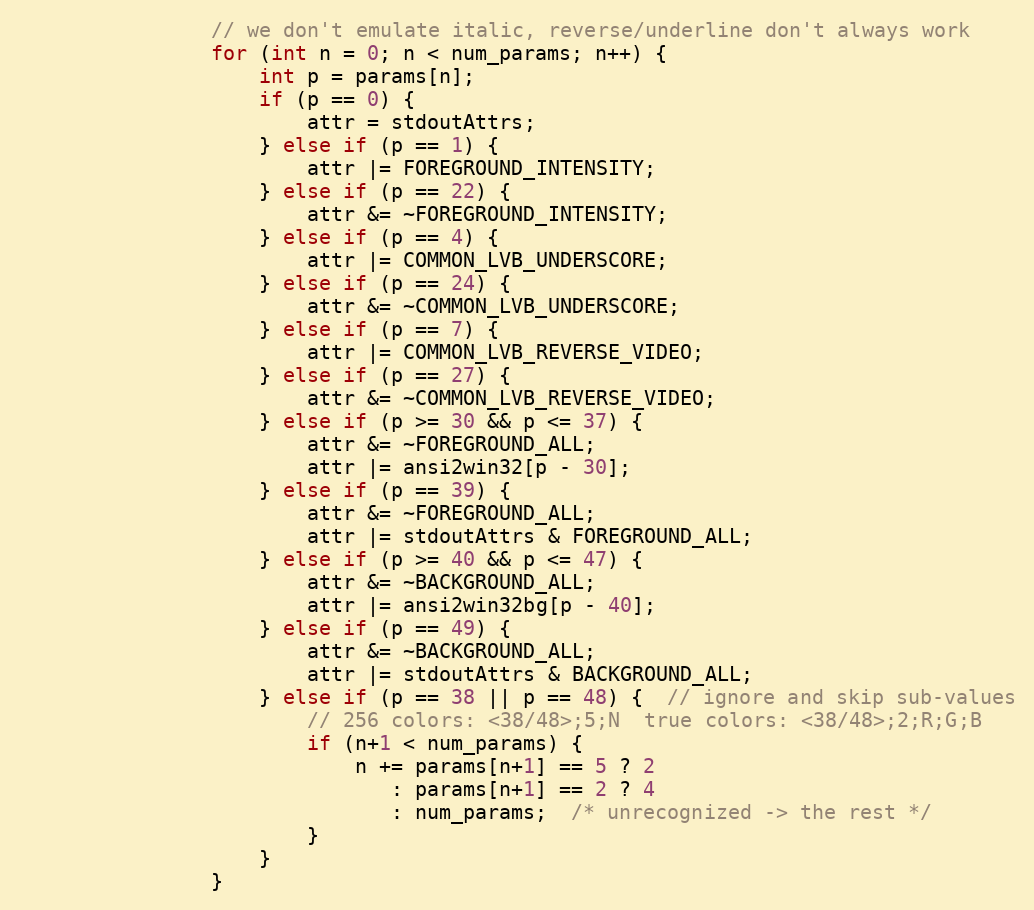
Language: C
                // we don't emulate italic, reverse/underline don't always work
                for (int n = 0; n < num_params; n++) {
                    int p = params[n];
                    if (p == 0) {
                        attr = stdoutAttrs;
                    } else if (p == 1) {
                        attr |= FOREGROUND_INTENSITY;
                    } else if (p == 22) {
                        attr &= ~FOREGROUND_INTENSITY;
                    } else if (p == 4) {
                        attr |= COMMON_LVB_UNDERSCORE;
                    } else if (p == 24) {
                        attr &= ~COMMON_LVB_UNDERSCORE;
                    } else if (p == 7) {
                        attr |= COMMON_LVB_REVERSE_VIDEO;
                    } else if (p == 27) {
                        attr &= ~COMMON_LVB_REVERSE_VIDEO;
                    } else if (p >= 30 && p <= 37) {
                        attr &= ~FOREGROUND_ALL;
                        attr |= ansi2win32[p - 30];
                    } else if (p == 39) {
                        attr &= ~FOREGROUND_ALL;
                        attr |= stdoutAttrs & FOREGROUND_ALL;
                    } else if (p >= 40 && p <= 47) {
                        attr &= ~BACKGROUND_ALL;
                        attr |= ansi2win32bg[p - 40];
                    } else if (p == 49) {
                        attr &= ~BACKGROUND_ALL;
                        attr |= stdoutAttrs & BACKGROUND_ALL;
                    } else if (p == 38 || p == 48) {  // ignore and skip sub-values
                        // 256 colors: <38/48>;5;N  true colors: <38/48>;2;R;G;B
                        if (n+1 < num_params) {
                            n += params[n+1] == 5 ? 2
                               : params[n+1] == 2 ? 4
                               : num_params;  /* unrecognized -> the rest */
                        }
                    }
                }